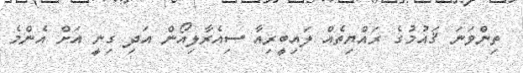
ތިންވަނަ ޤައުމުގެ ރައްޔިތެއް ލައިބީރިއާ ސިއެރާލިއޯން އަދި ގިނީ އަށް އެންމެ